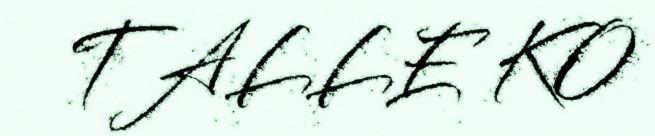
TALLE KO